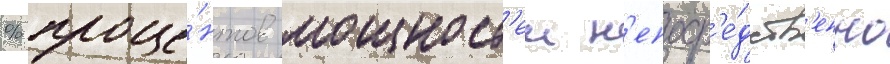
% проце́нтов мощност'еи н'епоср'е́дств'енно